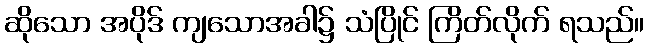
ဆိုသော အပိုဒ် ကျသောအခါ၌ သံပြိုင် ကြိတ်လိုက် ရသည်။